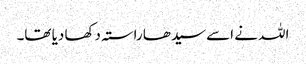
اللہ نے اسے سیدھا راستہ دکھا دیا تھا۔